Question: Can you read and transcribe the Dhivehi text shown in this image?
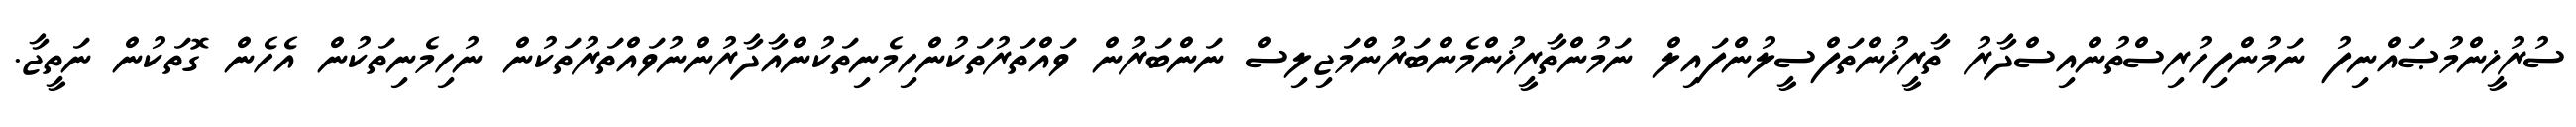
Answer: ސުރުޚީންމުޞައްނިފު ނަމުންފިހުރިސްތުންއިސްދާރު ތާރީޚުންތަފްސީލުންފައިލް ނަމުންތާރީޚުންމެންބަރުންމަޖިލިސް ނަންބަރުން ވައްތަރުތަކުންހިމެނިތަކުންއާދާރުންނުވައްތަރުތަކުން ނުހިމެނިތަކުން އެހެން ގޮތަކުން ނަތީޖާ.